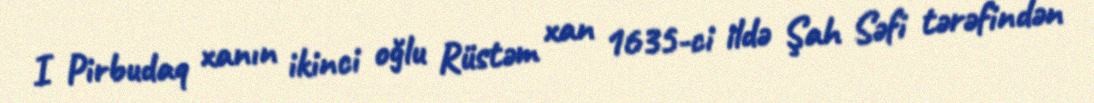
I Pirbudaq xanın ikinci oğlu Rüstəm xan 1635-ci ildə Şah Səfi tərəfindən